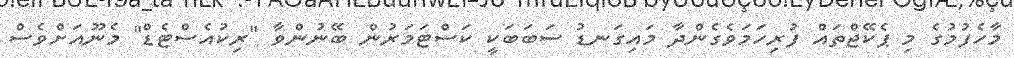
މާހެފުމުގެ މި ޕެކޭޖްތައް ފުރިހަމަވެގެންދާ މައިގަނޑު ސަބަބަކީ ކަސްޓަމަރުން ބޭނުންވާ "ރިކުއެސްޓެޑް" މެނޫއަށްވެސް